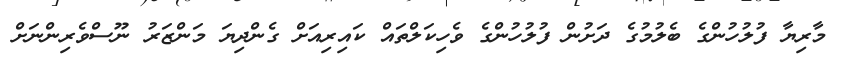
މާރިޔާ ފުލުހުންގެ ބެލުމުގެ ދަށުން ފުލުހުންގެ ވެހިކަލްތައް ކައިރިއަށް ގެންދިޔަ މަންޒަރު ނޫސްވެރިންނަށް